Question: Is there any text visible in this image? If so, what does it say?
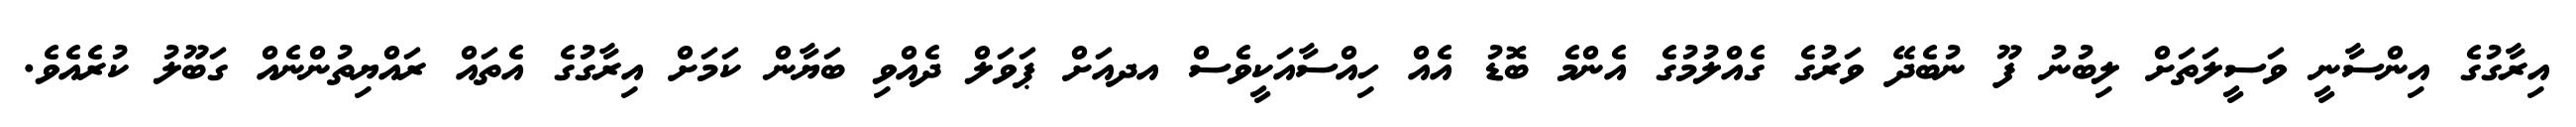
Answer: އިރާގުގެ އިންސާނީ ވަސީލަތަށް ލިބުނު ފޫ ނުބެދޭ ވަރުގެ ގެއްލުމުގެ އެންމެ ބޮޑު އެއް ހިއްސާއަކީވެސް އދއަށް ޕަވަލް ދެއްވި ބަޔާން ކަމަށް އިރާގުގެ އެތައް ރައްޔިތުންނެއް ގަބޫލު ކުރެއެވެ.